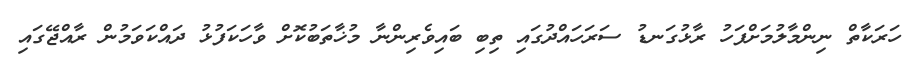
ހަރަކާތް ނިންމާލުމަށްފަހު ރާޅުގަނޑު ސަރަހައްދުގައި ތިބި ބައިވެރިންނާ މުޚާތަބުކޮށް ވާހަކަފުޅު ދައްކަވަމުން ރާއްޖޭގައި